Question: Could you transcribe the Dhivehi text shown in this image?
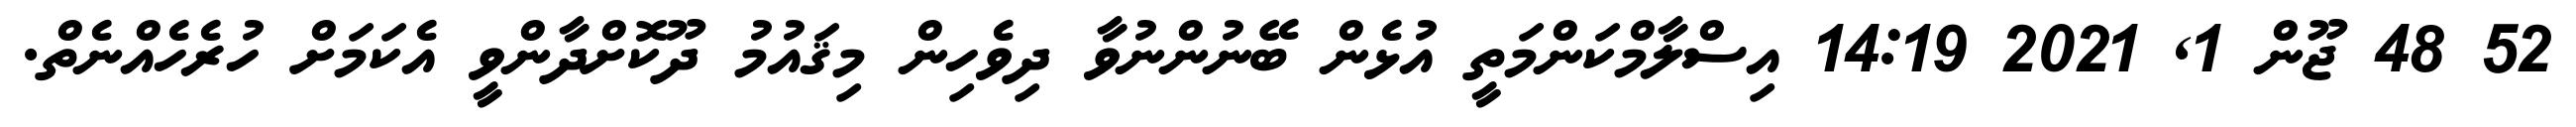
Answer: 52 48 ޖޫން 1, 2021 14:19 އިސްލާމްކަންމަތީ އުޅެން ބޭނުންނުވާ ދިވެހިން މިޤައުމު ދޫކޮށްދާންވީ އެކަމަށް ހުރެހެއްނެތް.